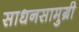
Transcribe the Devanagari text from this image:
साधनसामुग्री